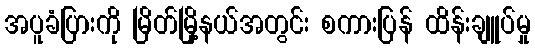
အပူခံပြားကို မြိတ်မြို့နယ်အတွင်း စကားပြန် ထိန်းချူပ်မှု